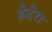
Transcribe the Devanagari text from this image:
हेडेरा